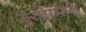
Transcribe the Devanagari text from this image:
सुराटेन्सिस